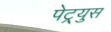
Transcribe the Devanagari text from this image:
पेट्र्युस